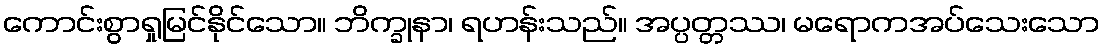
ကောင်းစွာရှုမြင်နိုင်သော။ ဘိက္ခုနာ၊ ရဟန်းသည်။ အပ္ပတ္တဿ၊ မရောကအပ်သေးသော